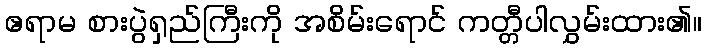
ဧရာမ စားပွဲရှည်ကြီးကို အစိမ်းရောင် ကတ္တီပါလွှမ်းထား၏။